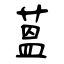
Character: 蒕